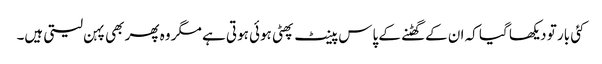
کئی بار تو دیکھا گیا کہ ان کے گھٹنے کے پاس پینٹ پھٹی ہوئی ہوتی ہے مگر وہ پھر بھی پہن لیتی ہیں۔